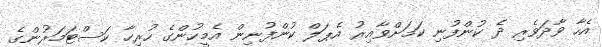
އެހާ ވާދަވެރި ދެ ކުންފުނި ކަމަށްވާއިރު އެޕަލް ކުންފުނިން އެމީހުންގެ ހުރިހާ ކަސްޓަމަރުންގެ